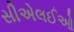
સીએલઈઓ